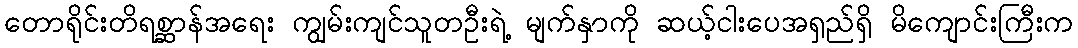
တောရိုင်းတိရစ္ဆာန်အရေး ကျွမ်းကျင်သူတဦးရဲ့ မျက်နှာကို ဆယ့်ငါးပေအရှည်ရှိ မိကျောင်းကြီးက